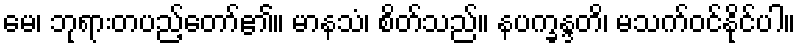
မေ၊ ဘုရားတပည့်တော်၏။ မာနသံ၊ စိတ်သည်။ နပက္ခန္ဒတိ၊ မသက်ဝင်နိုင်ပါ။